Report on vaccination in the Province of Bengal - 1869-1873
Year: 1869
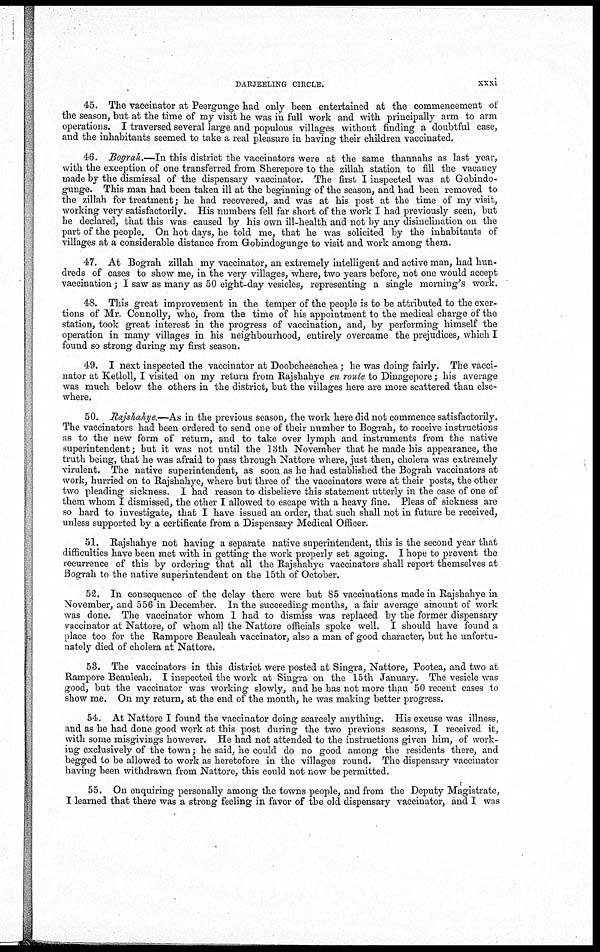
DARJEELING CIRCLE.
xxxi
45. The vaccinator at Peergunge had only been entertained at the commencement of
the season, but at the time of my visit he was in full work and with principally arm to arm
operations. I traversed several large and populous villages without finding a doubtful case,
and the inhabitants seemed to take a real pleasure in having their children vaccinated.
46. Bograh.—In this district the vaccinators were at the same thannahs as last year,
with the exception of one transferred from Sherepore to the zillah station, to fill the vacancy
made by the dismissal of the dispensary vaccinator. The first I inspected was at Gobindo-
gunge. This man had been taken ill at the beginning of the season, and had been removed to
the zillah for treatment; he had recovered, and was at his post at the time of my visit,
working very satisfactorily. His numbers fell far short of the work I had previously seen, but
he declared, that this was caused by his own ill-health and not by any disinclination on the
part of the people. On hot days, he told me, that he was solicited by the inhabitants of
villages at a considerable distance from Gobindogunge to visit and work among them.
47. At Bograh zillah my vaccinator, an extremely intelligent and active man, had hun-
dreds of cases to show me, in the very villages, where, two years before, not one would accept
vaccination; I saw as many as 50 eight-day vesicles, representing a single morning's work.
48. This great improvement in the temper of the people is to be attributed to the exer-
tions of Mr. Connolly, who, from the time of his appointment to the medical charge of the
station, took great interest in the progress of vaccination, and, by performing himself the
operation in many villages in his neighbourhood, entirely overcame the prejudices, which I
found so strong during my first season.
49. I next inspected the vaccinator at Doobcheeachea; he was doing fairly. The vacci-
nator at Ketloll, I visited on my return from Rajshahye en route to Dinagepore; his average
was much below the others in the district, but the villages here are more scattered than else-
where.
50. Rajshahye.—As in the previous season, the work here did not commence satisfactorily.
The vaccinators had been ordered to send one of their number to Bograh, to receive instructions
as to the new form of return, and to take over lymph and instruments from the native
superintendent; but it was not until the 13th November that he made his appearance, the
truth being, that he was afraid to pass through Nattore where, just then, cholera was extremely
virulent. The native superintendent, as soon as he had established the Bograh vaccinators at
work, hurried on to Rajshahye, where but three of the vaccinators were at their posts, the other
two pleading sickness. I had reason to disbelieve this statement utterly in the case of one of
them whom I dismissed, the other I allowed to escape with a heavy fine. Pleas of sickness are
so hard to investigate, that I have issued an order, that such shall not in future be received,
unless supported by a certificate from a Dispensary Medical Officer.
51. Rajshahye not having a separate native superintendent, this is the second year that
difficulties have been met with in getting the work properly set agoing. I hope to prevent the
recurrence of this by ordering that all the Rajshahye vaccinators shall report themselves at
Bograh to the native superintendent on the 15th of October.
52. In consequence of the delay there were but 85 vaccinations made in Rajshahye in
November, and 556 in December. In the succeeding months, a fair average amount of work
was done. The vaccinator whom 1 had to dismiss was replaced by the former dispensary
vaccinator at Nattore, of whom all the Nattore officials spoke well. I should have found a
place too for the Rampore Beauleah vaccinator, also a man of good character, but he unfortu-
nately died of cholera at Nattore.
53. The vaccinators in this district were posted at Singra, Nattore, Pootea, and two at
Rampore Beauleah. I inspected the work at Singra on the 15th January. The vesicle was
good, but the vaccinator was working slowly, and he has not more than 50 recent cases to
show me. On my return, at the end of the month, he was making better progress.
54. At Nattore I found the vaccinator doing scarcely anything. His excuse was illness,
and as he had done good work at this post during the two previous seasons, I received it,
with some misgivings however. He had not attended to the instructions given him, of work-
ing exclusively of the town; he said, he could do no good among the residents there, and
begged to be allowed to work as heretofore in the villages round. The dispensary vaccinator
having been withdrawn from Nattore, this could not now be permitted.
55. On enquiring personally among the towns people, and from the Deputy Magistrate,
I learned that there was a strong feeling in favor of the old dispensary vaccinator, and I was